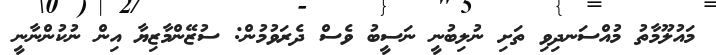
މައުލޫމާތު މުއްސަނދިވި ތަށި ނުލިބުނީ ނަސީބު ވެސް ދެރަވުމުން: ސުޒޭންމާޒިޔާ އިން ނުކުންނާނީ